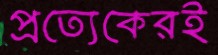
প্রত্যেকেরই